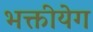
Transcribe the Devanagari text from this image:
भक्तीयेग